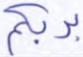
بربكم